Scottish Certificate of Education, 1962
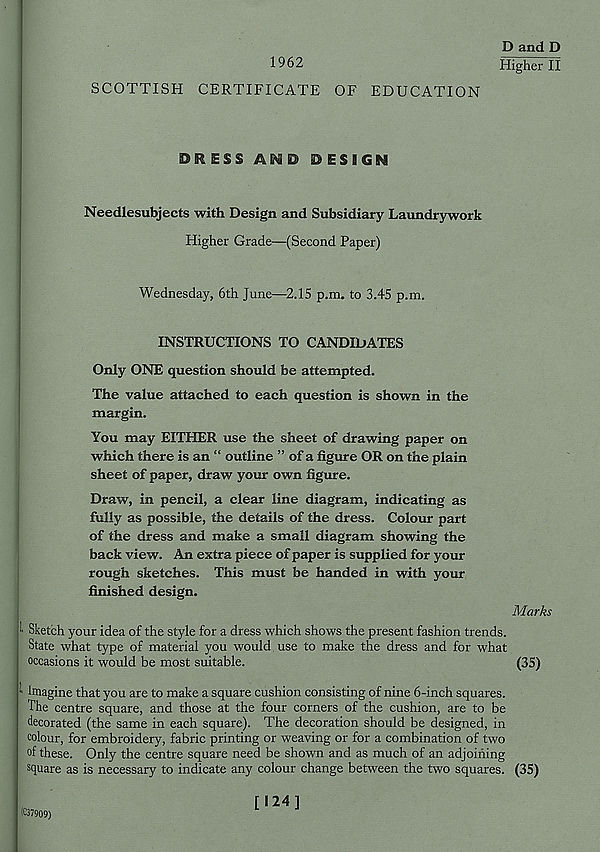
1962
SCOTTISH CERTIFICATE OF EDUCATION
D and D
Higher II
DRESS AMD DESIGN
Needlesubjects with Design and Subsidiary Laundrywork
Higher Grade—(Second Paper)
Wednesday, 6th June—2.15 p.m. to 3.45 p.m.
INSTRUCTIONS TO CANDIDATES
Only ONE question should be attempted.
The value attached to each question is shown in the
margin.
You may EITHER use the sheet of drawing paper on
which there is an “ outline ” of a figure OR on the plain
sheet of paper, draw your own figure.
Draw, in pencil, a clear line diagram, indicating as
fully as possible, the details of the dress. Colour part
of the dress and make a small diagram showing the
back view. An extra piece of paper is supplied for your
rough sketches. This must be handed in with your
finished design.
Sketch your idea of the style for a dress which shows the present fashion trends.
State what type of material you would use to make the dress and for what
occasions it would be most suitable.
■ ' imagine that you are to make a square cushion consisting of nine 6-inch squares.
The centre square, and those at the four corners of the cushion, are to be
decorated (the same in each square). The decoration should be designed, in
colour, for embroidery, fabric printing or weaving or for a combination of two
of these. Only the centre square need be shown and as much of an adjoining
square as is necessary to indicate any colour change between the two squares.
Marks
(35)
(35)
(C37909)
[124]